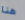
هنا